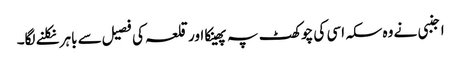
اجنبی نے وہ سکہ اسی کی چوکھٹ پہ پھینکا اور قلعہ کی فصیل سے باہر نکلنے لگا۔